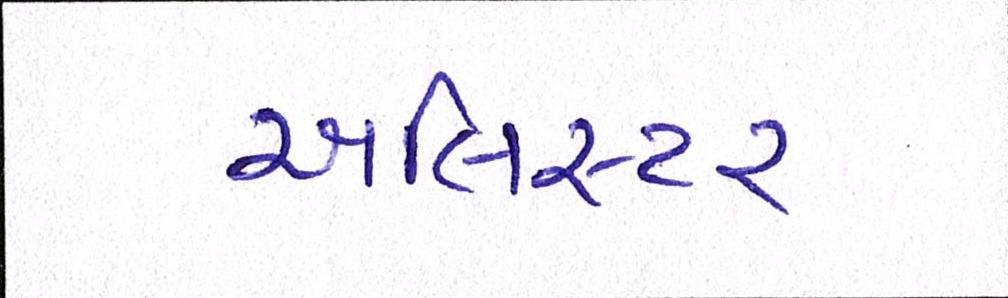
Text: એલિસ્ટર